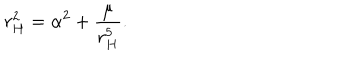
r _ { H } ^ { 2 } = \alpha ^ { 2 } + \frac { \mu } { r _ { H } ^ { 5 } } .